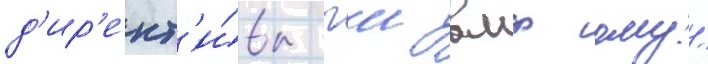
д'ир'ект'и́вы гш вмф ому/